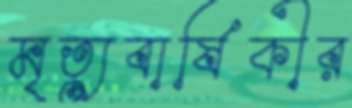
মৃত্যুবার্ষিকীর